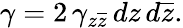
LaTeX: \gamma=2\, \gamma_{z\overline{{{z}}}}\, dz\, d\overline{{{z}}}.